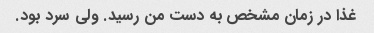
غذا در زمان مشخص به دست من رسید. ولی سرد بود.